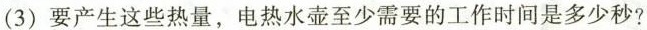
(3)要产生这些热量，电热水壶至少需要的工作时间是多少秒?